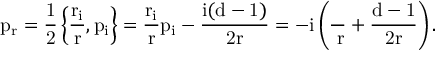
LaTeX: \mathrm { { p _ { r } = \frac { 1 } { 2 } \left\{ \frac { r _ { i } } { r } , p _ { i } \right\} = \frac { r _ { i } } { r } p _ { i } - \frac { i ( d - 1 ) } { 2 r } = - i \left( \frac { \partial } { \partial r } + \frac { d - 1 } { 2 r } \right) . } }